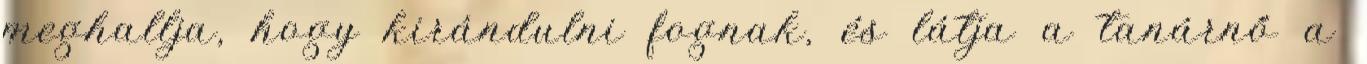
meghallja, hogy kirándulni fognak, és látja a tanárnő a